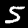
Label: 5